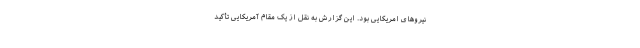
نیرو‌های امریکایی بود. این گزارش به نقل از یک مقام آمریکایی تأکید